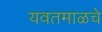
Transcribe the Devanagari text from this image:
यवतमाळचे